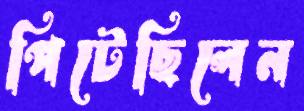
পিটেছিলেন